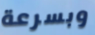
وبسرعة